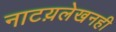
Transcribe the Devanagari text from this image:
नाटय़लेखनही